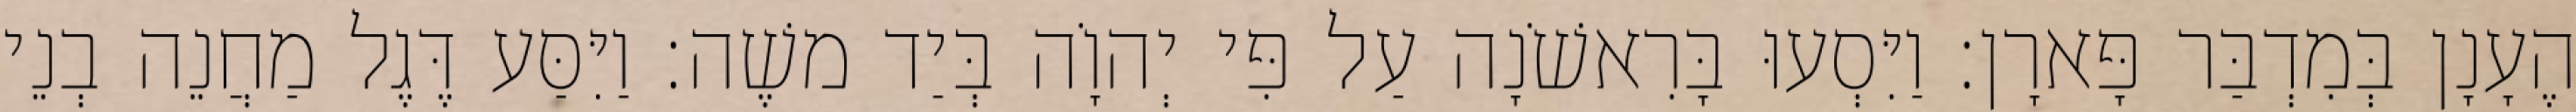
הֶעָנָן בְּמִדְבַּר פָּארָן׃ וַיִּסְעוּ בָּרִאשֹׁנָה עַל פִּי יְהוָֹה בְּיַד משֶׁה׃ וַיִּסַּע דֶּגֶל מַחֲנֵה בְנֵי